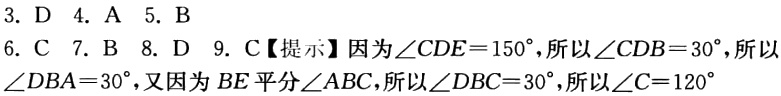
3. D 4. A 5. B
6. C 7. B 8. D 9. C【提示】因为\(\angle CDE = 150^{\circ}\)，所以\(\angle CDB = 30^{\circ}\)，所以\(\angle DBA=30^{\circ}\)，又因为\(BE\)平分\(\angle ABC\)，所以\(\angle DBC = 30^{\circ}\)，所以\(\angle C = 120^{\circ}\)